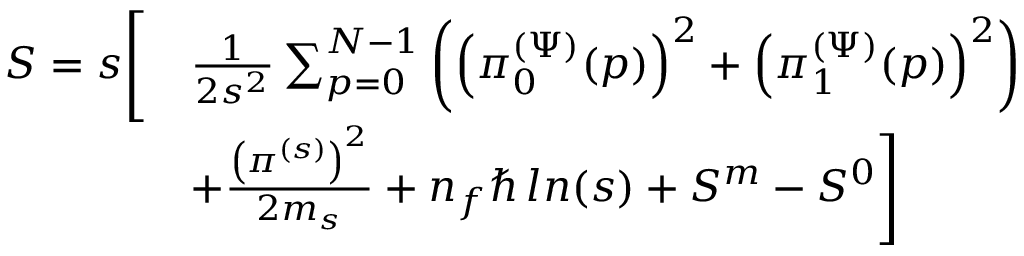
\begin{array} { r l } { S = s \Biggl [ } & { \frac { 1 } { 2 s ^ { 2 } } \sum _ { p = 0 } ^ { N - 1 } \left( \left( \pi _ { 0 } ^ { ( \Psi ) } ( p ) \right) ^ { 2 } + \left( \pi _ { 1 } ^ { ( \Psi ) } ( p ) \right) ^ { 2 } \right) } \\ & { + \frac { \left( \pi ^ { ( s ) } \right) ^ { 2 } } { 2 m _ { s } } + n _ { f } \hbar \, l n ( s ) + S ^ { m } - S ^ { 0 } \Biggr ] } \end{array}